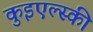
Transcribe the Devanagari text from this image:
कुइएल्स्की